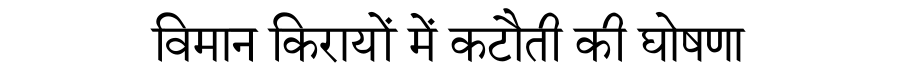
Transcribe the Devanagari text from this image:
विमान किरायों में कटौती की घोषणा